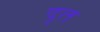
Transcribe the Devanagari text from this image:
दृत